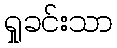
ရှုခင်းသာ